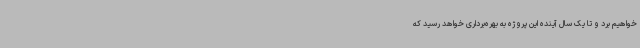
خواهیم برد و تا یک سال آینده این پروژه به بهره‌برداری خواهد رسید که